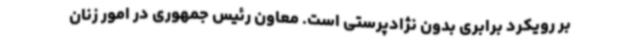
بر رویکرد برابری بدون نژادپرستی است. معاون رئیس جمهوری در امور زنان